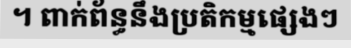
។ ពាក់ព័ន្ធនឹងប្រតិកម្មផ្សេងៗ